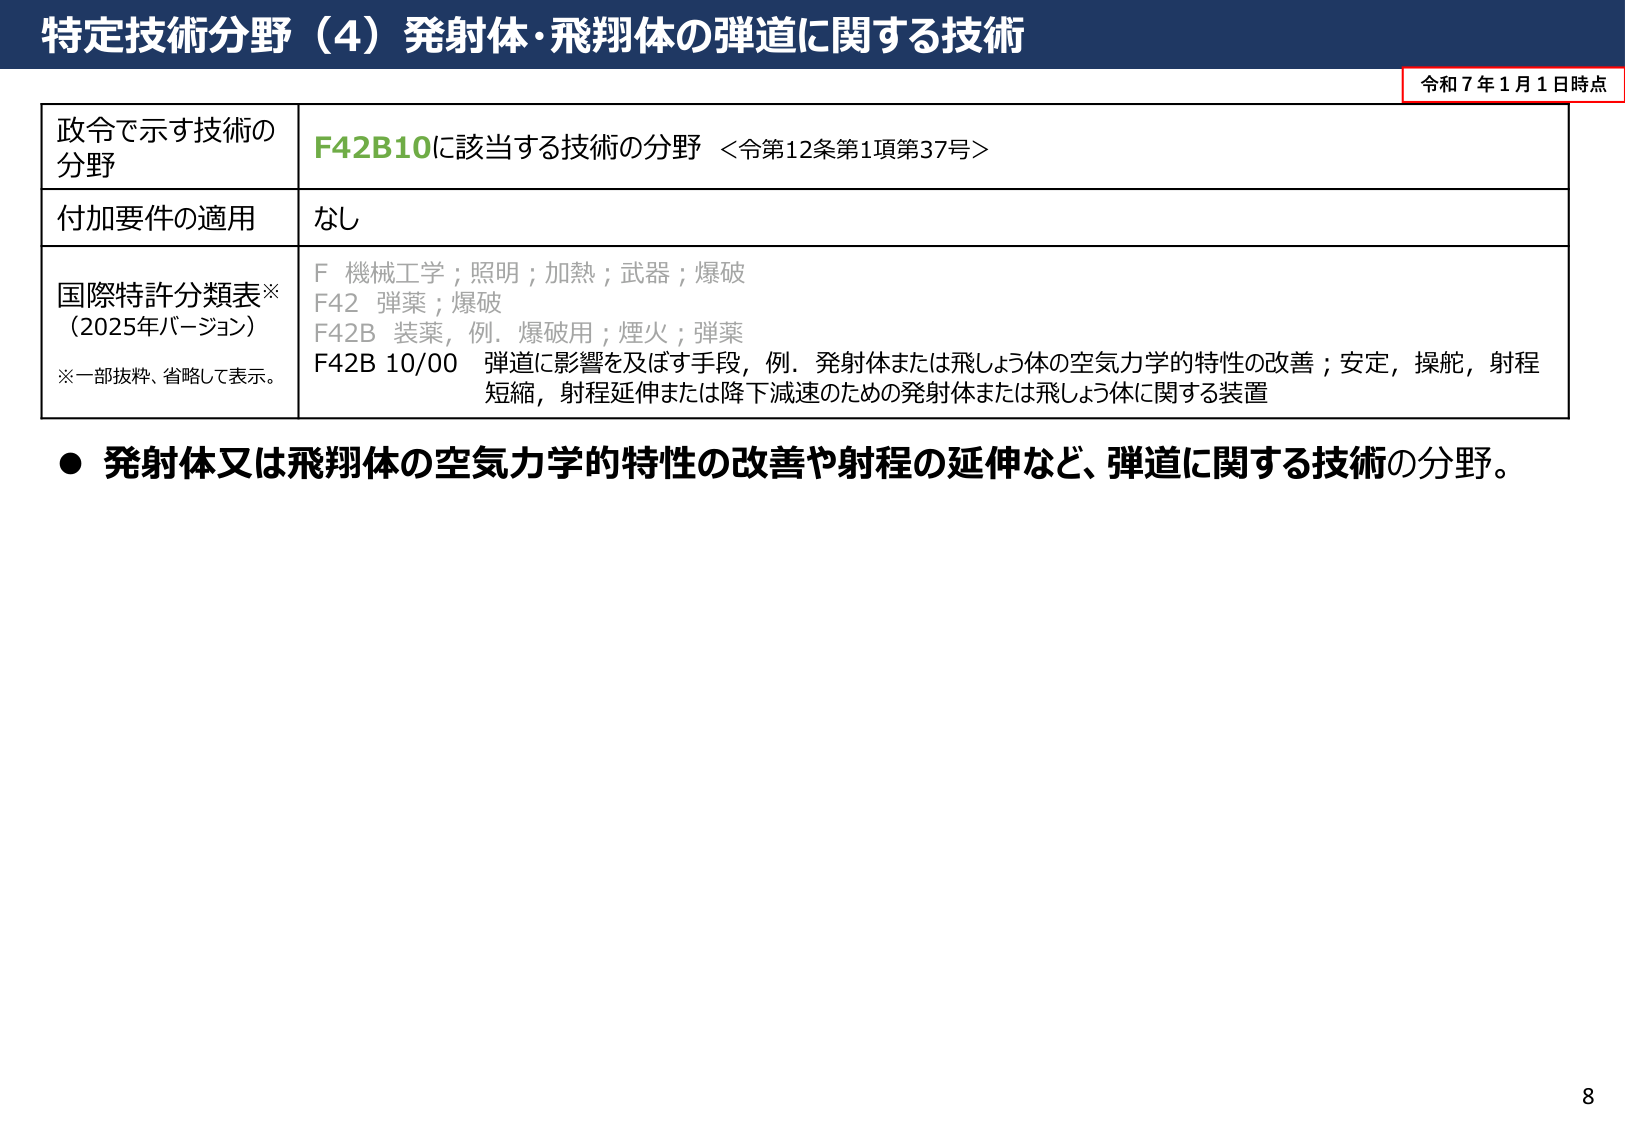
特定技術分野（4）発射体・飛翔体の弾道に関する技術

令和7年1月1日時点

政令で示す技術の
分野
F42B10に該当する技術の分野 ＜令第12条第1項第37号＞

付加要件の適用
なし

国際特許分類表※
（2025年バージョン）
※一部抜粋、省略して表示。
F 機械工学；照明；加熱；武器；爆破
F42 弾薬；爆破
F42B 装薬，例．爆破用；煙火；弾薬
F42B 10/00 弾道に影響を及ぼす手段，例．発射体または飛しょう体の空気力学的特性の改善；安定，操舵，射程短縮，射程延伸または降下減速のための発射体または飛しょう体に関する装置

● 発射体又は飛翔体の空気力学的特性の改善や射程の延伸など、弾道に関する技術の分野。

8